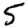
Digit: 5